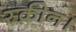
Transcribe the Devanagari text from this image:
स्क्रीन।